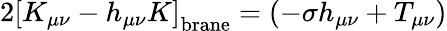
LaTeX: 2\left[K_{\mu\nu}-h_{\mu\nu}K\right]_{\mathrm{{brane}}}=\left(-\sigma h_{\mu\nu}+T_{\mu\nu}\right)